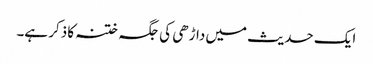
ایک حدیث میں داڑھی کی جگہ ختنہ کا ذکر ہے۔